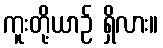
ကူးတို့ယာဉ် ရှိလား။